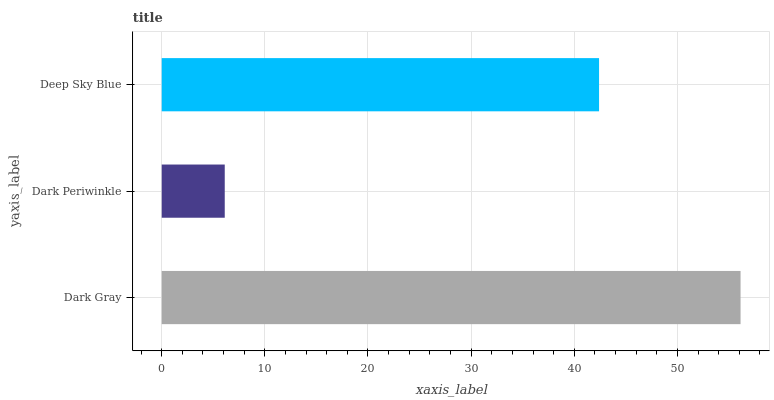
| yaxis_label | bars |
 | --- | --- |
 | Dark Gray | 56.1 |
 | Dark Periwinkle | 6.11 |
 | Deep Sky Blue | 42.4 |